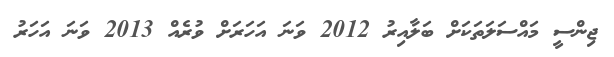
ޖިންސީ މައްސަލަތަކަށް ބަލާއިރު 2012 ވަނަ އަހަރަށް ވުރެއް 2013 ވަނަ އަހަރު